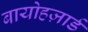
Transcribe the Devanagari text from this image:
बायोहज़ार्ड